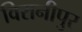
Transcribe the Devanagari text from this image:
विरानीपुर